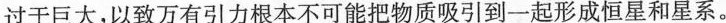
过于巨大，以致万有引力根本不可能把物质吸引到一起形成恒星和星系。